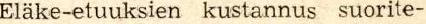
Eläke-etuuksien kustannus suorite-